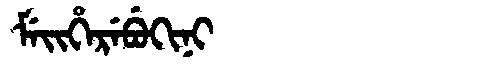
Manchu: ᠮᡝᡳᡥᡝᡵᡝᠪᡠᡴᡳᠨᡳ
Romanization: MEIHEREBUKINI